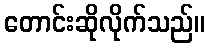
တောင်းဆိုလိုက်သည်။